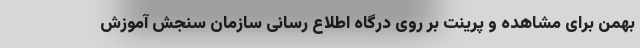
بهمن برای مشاهده و پرینت بر روی درگاه اطلاع رسانی سازمان سنجش آموزش